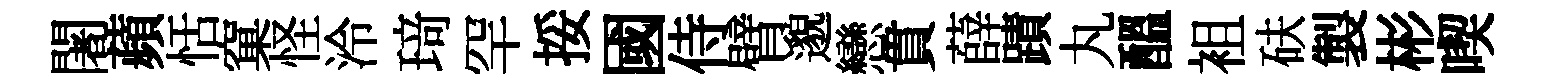
闍蘋恬窠怪泠𤦺罕挼國侍臂邈戀貫薛蹟丸醖袓砆製彬喫